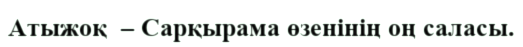
Атыжоқ  – Сарқырама өзенінің оң саласы.